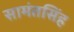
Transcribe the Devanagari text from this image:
सामंतसिंह